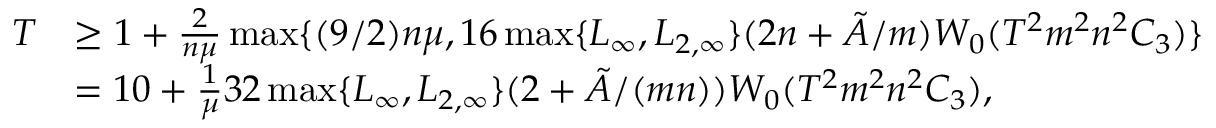
\begin{array} { r l } { T } & { \ge 1 + \frac { 2 } { n \mu } \operatorname* { m a x } \{ ( 9 / 2 ) n \mu , 1 6 \operatorname* { m a x } \{ L _ { \infty } , L _ { 2 , \infty } \} ( 2 n + \tilde { A } / m ) W _ { 0 } ( T ^ { 2 } m ^ { 2 } n ^ { 2 } C _ { 3 } ) \} } \\ & { = 1 0 + \frac { 1 } { \mu } 3 2 \operatorname* { m a x } \{ L _ { \infty } , L _ { 2 , \infty } \} ( 2 + \tilde { A } / ( m n ) ) W _ { 0 } ( T ^ { 2 } m ^ { 2 } n ^ { 2 } C _ { 3 } ) , } \end{array}